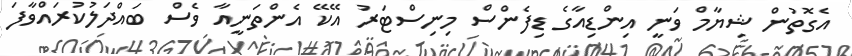
އެގޮތުން ޝިޔާމް ވަނީ އިންޑިއާގެ ޑިފެންސް މިނިސްޓަރު އޭކޭ އެންތަނީއާ ވެެސް ބައްދަލުކުރައްވާފަ